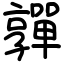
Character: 嚲